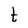
Character: t